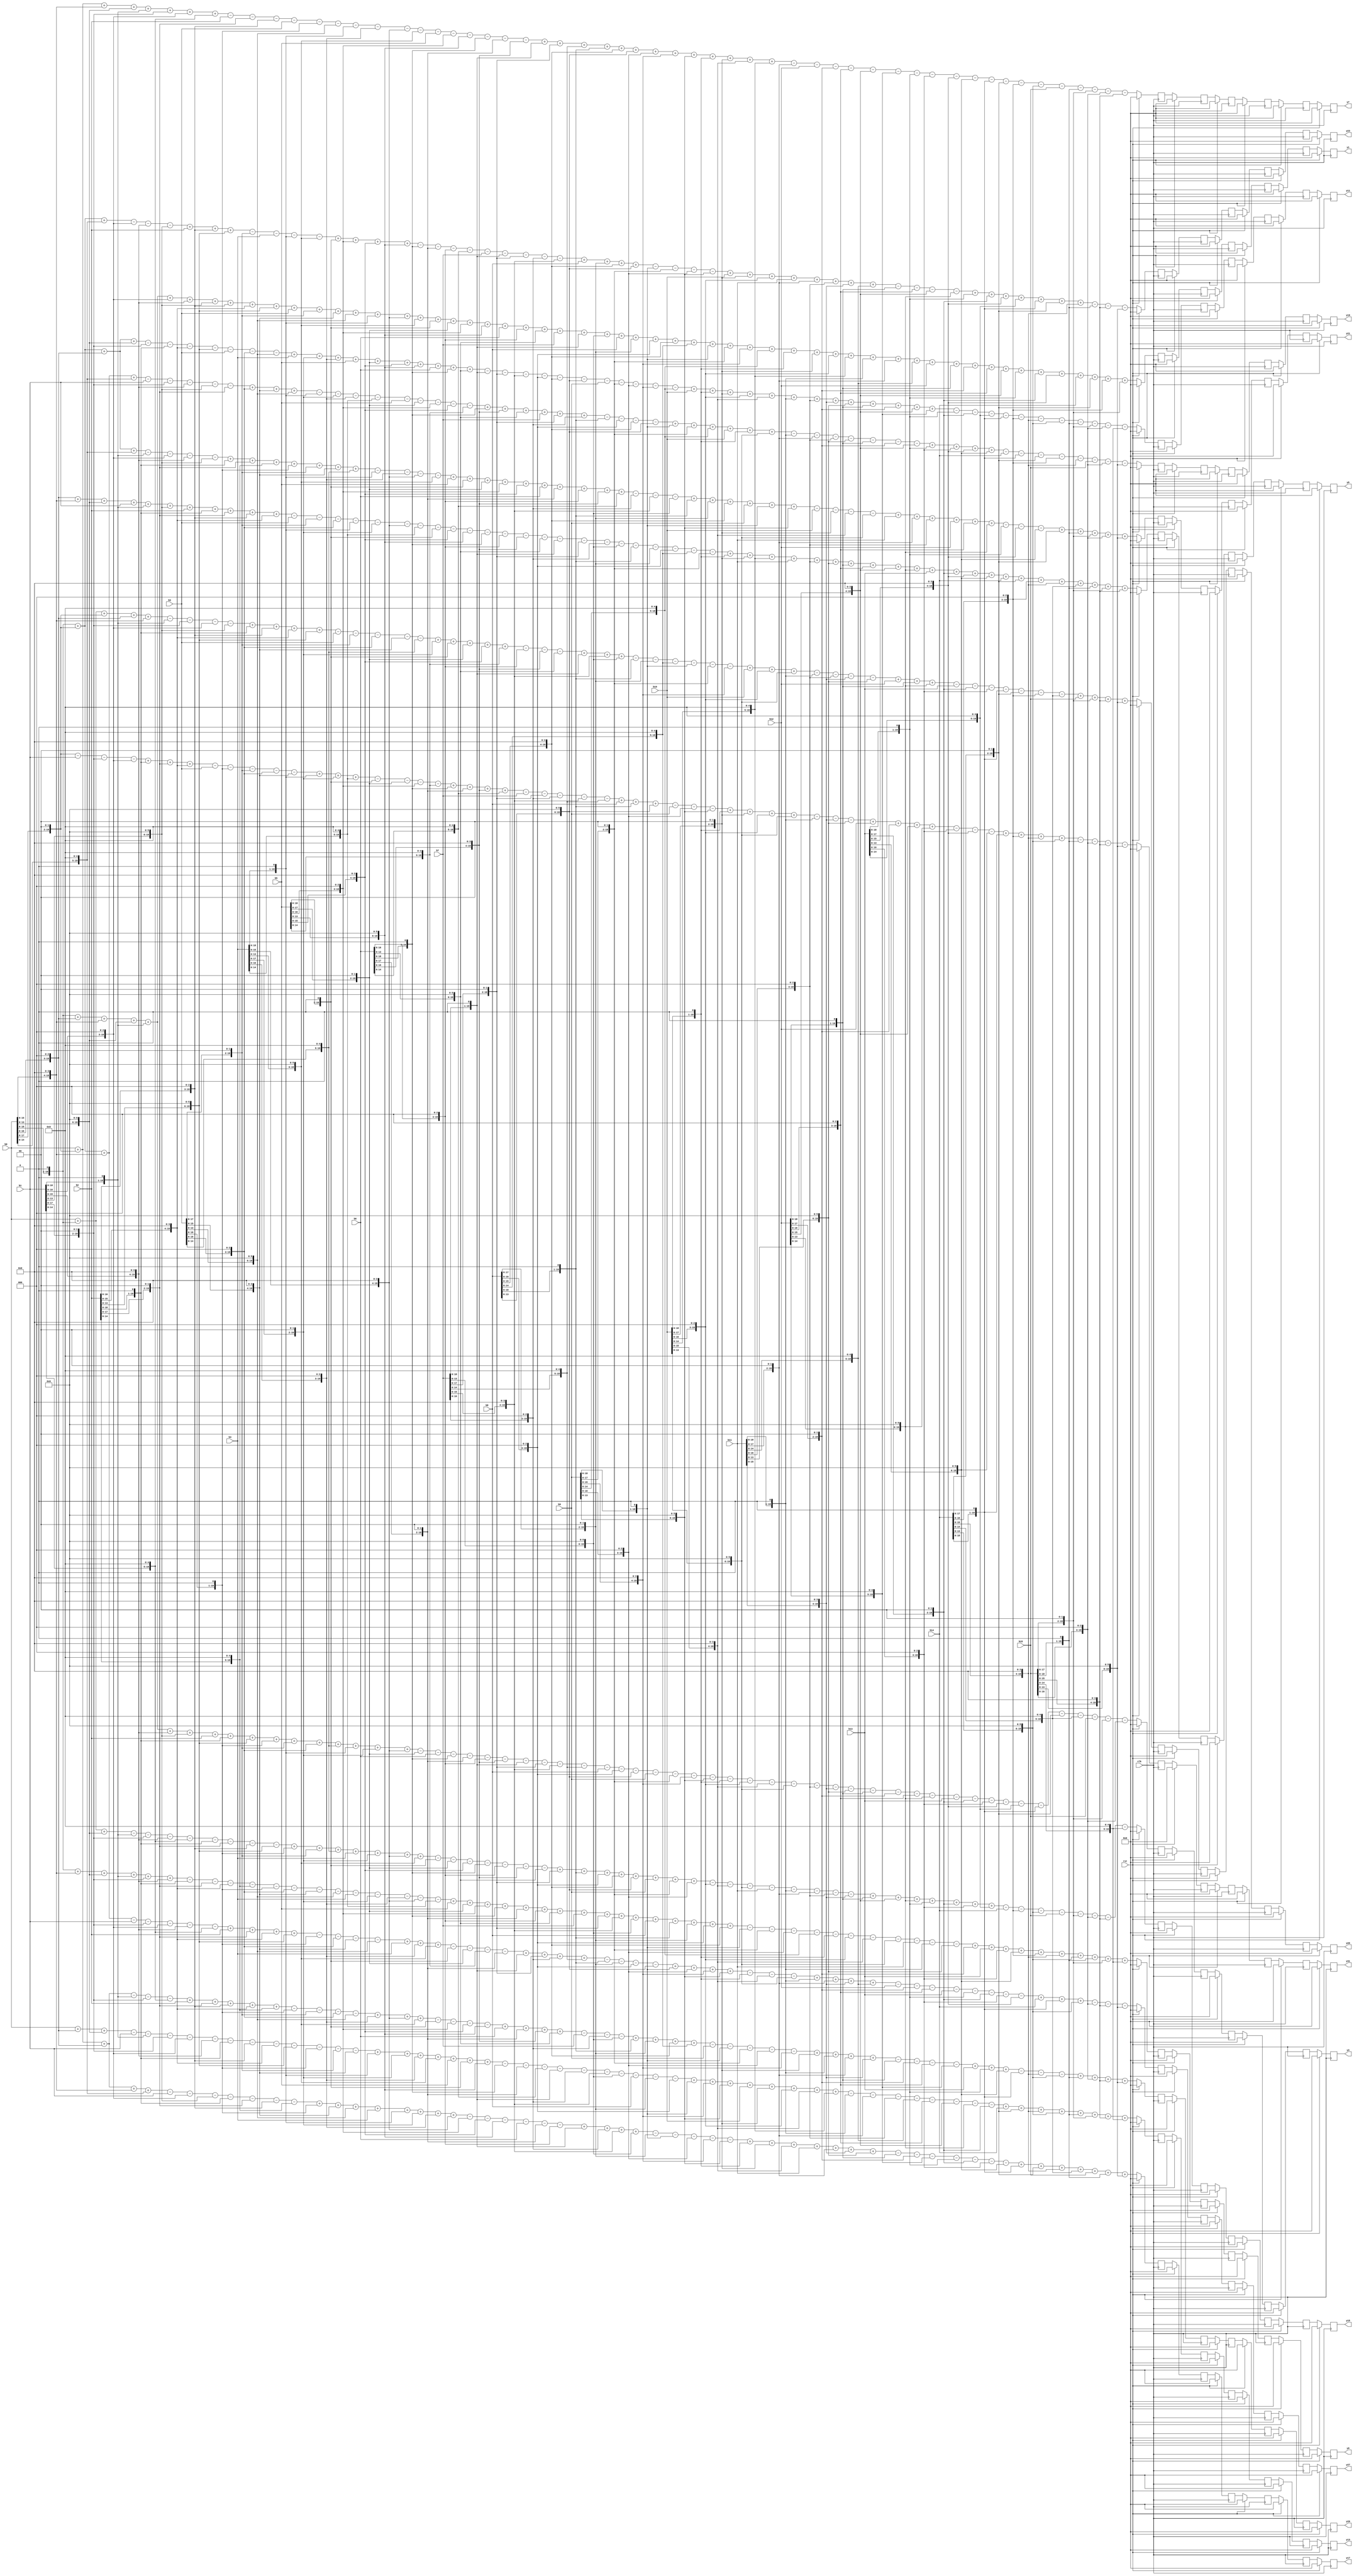
module shift_add32
#(
	parameter WIDTH = 20
)
(
	input wire clk,rst,
	input wire signed[WIDTH-1:0] b0,
	input wire signed[WIDTH-1:0] b1,
	input wire signed[WIDTH-1:0] b2,
	input wire signed[WIDTH-1:0] b3,
	input wire signed[WIDTH-1:0] b4,
	input wire signed[WIDTH-1:0] b5,
	input wire signed[WIDTH-1:0] b6,
	input wire signed[WIDTH-1:0] b7,
	input wire signed[WIDTH-1:0] b8,
	input wire signed[WIDTH-1:0] b9,
	input wire signed[WIDTH-1:0] b10,
	input wire signed[WIDTH-1:0] b11,
	input wire signed[WIDTH-1:0] b12,
	input wire signed[WIDTH-1:0] b13,
	input wire signed[WIDTH-1:0] b14,
	input wire signed[WIDTH-1:0] b15,
	
	output reg signed[WIDTH-1:0] y1,
	output reg signed[WIDTH-1:0] y3,
	output reg signed[WIDTH-1:0] y5,
	output reg signed[WIDTH-1:0] y7,
	output reg signed[WIDTH-1:0] y9,
	output reg signed[WIDTH-1:0] y11,
	output reg signed[WIDTH-1:0] y13,
	output reg signed[WIDTH-1:0] y15,
	output reg signed[WIDTH-1:0] y17,
	output reg signed[WIDTH-1:0] y19,
	output reg signed[WIDTH-1:0] y21,
	output reg signed[WIDTH-1:0] y23,
	output reg signed[WIDTH-1:0] y25,
	output reg signed[WIDTH-1:0] y27,
	output reg signed[WIDTH-1:0] y29,
	output reg signed[WIDTH-1:0] y31
);

	wire signed [WIDTH-1:0] y1_d;
	wire signed [WIDTH-1:0] y3_d;
	wire signed [WIDTH-1:0] y5_d;
	wire signed [WIDTH-1:0] y7_d;
	wire signed [WIDTH-1:0] y9_d;
	wire signed [WIDTH-1:0] y11_d;
	wire signed [WIDTH-1:0] y13_d;
	wire signed [WIDTH-1:0] y15_d;
	wire signed [WIDTH-1:0] y17_d;
	wire signed [WIDTH-1:0] y19_d;
	wire signed [WIDTH-1:0] y21_d;
	wire signed [WIDTH-1:0] y23_d;
	wire signed [WIDTH-1:0] y25_d;
	wire signed [WIDTH-1:0] y27_d;
	wire signed [WIDTH-1:0] y29_d;
	wire signed [WIDTH-1:0] y31_d;
	
	
	
	reg signed [WIDTH-1:0] y1_buff [15:0];
	reg signed [WIDTH-1:0] y2_buff [15:0];
	reg signed [WIDTH-1:0] y3_buff [15:0];
	reg signed [WIDTH-1:0] y4_buff [15:0];
	
	reg signed [WIDTH-1:0] y1_buff_next [15:0];
	reg signed [WIDTH-1:0] y2_buff_next [15:0];
	reg signed [WIDTH-1:0] y3_buff_next [15:0];
	reg signed [WIDTH-1:0] y4_buff_next [15:0];
	
	
	reg signed [WIDTH-1:0] temp [4:0][15:0];
	reg signed [WIDTH-1:0] temp_next [4:0][15:0];
	integer ROW,COLUMN;
	
	always @ (posedge clk)
	begin
//		if(!rst_b) begin
		if(rst) begin
				y1 <= 0;
				y3 <= 0;
				y5 <= 0;
				y7 <= 0;
				y9 <= 0;
				y11 <= 0;
				y13 <= 0;
				y15 <= 0;
				y17 <= 0;
				y19 <= 0;
				y21 <= 0;
				y23 <= 0;
				y25 <= 0;
				y27 <= 0;
				y29 <= 0;
				y31 <= 0;
				
				for(COLUMN=0;COLUMN<16;COLUMN=COLUMN+1)begin
					for(ROW=0;ROW<5;ROW=ROW+1)begin
						temp[ROW][COLUMN] <= 0;
					end
				end
				
		end
		else begin
				
				for(COLUMN=0;COLUMN<16;COLUMN=COLUMN+1)begin
					for(ROW=0;ROW<5;ROW=ROW+1)begin
						temp[ROW][COLUMN] <= temp_next[ROW][COLUMN];
					end
				end
				
				y1 = temp[4][0];
				y3 = temp[4][1];
				y5 = temp[4][2];
				y7 = temp[4][3];
				y9 = temp[4][4];
				y11 = temp[4][5];
				y13 = temp[4][6];
				y15 = temp[4][7];
				y17 = temp[4][8];
				y19 = temp[4][9];
				y21 = temp[4][10];
				y23 = temp[4][11];
				y25 = temp[4][12];
				y27 = temp[4][13];
				y29 = temp[4][14];
				y31 = temp[4][15];
				
		end
	end
	
	always @(*) begin
	
		for(ROW=0;ROW<16;ROW=ROW+1) begin
			for(COLUMN=1;COLUMN<5;COLUMN=COLUMN+1) begin
				temp_next[COLUMN][ROW] = temp[COLUMN-1][ROW];
			end
		end
		
		temp_next[0][0] = y1_d;
		temp_next[0][1] = y3_d;
		temp_next[0][2] = y5_d;
		temp_next[0][3] = y7_d;
		temp_next[0][4] = y9_d;
		temp_next[0][5] = y11_d;
		temp_next[0][6] = y13_d;
		temp_next[0][7] = y15_d;
		temp_next[0][8] = y17_d;
		temp_next[0][9] = y19_d;
		temp_next[0][10] = y21_d;
		temp_next[0][11] = y23_d;
		temp_next[0][12] = y25_d;
		temp_next[0][13] = y27_d;
		temp_next[0][14] = y29_d;
		temp_next[0][15] = y31_d;
		
	end
	
	
		
	assign y1_d = {b0,1'b0}+{b0,3'b000}+{b0,4'b0000}+{b0,6'b000000}+{b1,1'b0}+{b1,3'b000}+{b1,4'b0000}+{b1,6'b000000}+{b2,3'b000}+{b2,4'b0000}+{b2,6'b000000}+b3+{b3,2'b00}+{b3,4'b0000}+{b3,6'b000000}+{b4,1'b0}+{b4,4'b0000}+{b4,6'b000000}+{b5,1'b0}+{b5,2'b00}+{b5,3'b000}+{b5,6'b000000}+b6+{b6,3'b000}+{b6,6'b000000}+b7+{b7,1'b0}+{b7,6'b000000}+b8+{b8,2'b00}+{b8,3'b000}+{b8,4'b0000}+{b8,5'b00000}+{b9,1'b0}+{b9,2'b00}+{b9,4'b0000}+{b9,5'b00000}+{b10,1'b0}+{b10,2'b00}+{b10,3'b000}+{b10,5'b00000}+{b11,1'b0}+{b11,2'b00}+{b11,5'b00000}+b12+{b12,1'b0}+{b12,2'b00}+{b12,3'b000}+{b12,4'b0000}+{b13,1'b0}+{b13,2'b00}+{b13,4'b0000}+b14+{b14,2'b00}+{b14,3'b000}+{b15,2'b00};

	assign y3_d = {b0,1'b0}+{b0,3'b000}+{b0,4'b0000}+{b0,6'b000000}+{b1,1'b0}+{b1,4'b0000}+{b1,6'b000000}+b2+{b2,1'b0}+{b2,6'b000000}+{b3,1'b0}+{b3,2'b00}+{b3,3'b000}+{b3,5'b00000}+{b4,1'b0}+{b4,2'b00}+{b4,4'b0000}-{b5,2'b00}-b6-{b6,1'b0}-{b6,2'b00}-{b6,3'b000}-{b6,4'b0000}-{b7,1'b0}-{b7,2'b00}-{b7,4'b0000}-{b7,5'b00000}-b8-{b8,3'b000}-{b8,6'b000000}-b9-{b9,2'b00}-{b9,4'b0000}-{b9,6'b000000}-{b10,1'b0}-{b10,3'b000}-{b10,4'b0000}-{b10,6'b000000}-{b11,3'b000}-{b11,4'b0000}-{b11,6'b000000}-{b12,1'b0}-{b12,2'b00}-{b12,3'b000}-{b12,6'b000000}-b13-{b13,2'b00}-{b13,3'b000}-{b13,4'b0000}-{b13,5'b00000}-{b14,1'b0}-{b14,2'b00}-{b14,5'b00000}-b15-{b15,2'b00}-{b15,3'b000};

	assign y5_d = {b0,3'b000}+{b0,4'b0000}+{b0,6'b000000}+b1+{b1,1'b0}+{b1,6'b000000}+b2+{b2,1'b0}+{b2,2'b00}+{b2,3'b000}+{b2,4'b0000}-b3-{b3,2'b00}-{b3,3'b000}-{b4,1'b0}-{b4,2'b00}-{b4,4'b0000}-{b4,5'b00000}-{b5,1'b0}-{b5,4'b0000}-{b5,6'b000000}-{b6,1'b0}-{b6,3'b000}-{b6,4'b0000}-{b6,6'b000000}-{b7,1'b0}-{b7,2'b00}-{b7,3'b000}-{b7,6'b000000}-{b8,1'b0}-{b8,2'b00}-{b8,3'b000}-{b8,5'b00000}-{b9,2'b00}+{b10,1'b0}+{b10,2'b00}+{b10,5'b00000}+b11+{b11,3'b000}+{b11,6'b000000}+{b12,1'b0}+{b12,3'b000}+{b12,4'b0000}+{b12,6'b000000}+b13+{b13,2'b00}+{b13,4'b0000}+{b13,6'b000000}+b14+{b14,2'b00}+{b14,3'b000}+{b14,4'b0000}+{b14,5'b00000}+{b15,1'b0}+{b15,2'b00}+{b15,4'b0000};

	assign y7_d = b0+{b0,2'b00}+{b0,4'b0000}+{b0,6'b000000}+{b1,1'b0}+{b1,2'b00}+{b1,3'b000}+{b1,5'b00000}-b2-{b2,2'b00}-{b2,3'b000}-b3-{b3,1'b0}-{b3,6'b000000}-{b4,1'b0}-{b4,3'b000}-{b4,4'b0000}-{b4,6'b000000}-b5-{b5,3'b000}-{b5,6'b000000}-{b6,1'b0}-{b6,2'b00}-{b6,4'b0000}+{b7,1'b0}+{b7,2'b00}+{b7,5'b00000}+{b8,1'b0}+{b8,4'b0000}+{b8,6'b000000}+{b9,3'b000}+{b9,4'b0000}+{b9,6'b000000}+{b10,1'b0}+{b10,2'b00}+{b10,4'b0000}+{b10,5'b00000}-{b11,2'b00}-b12-{b12,2'b00}-{b12,3'b000}-{b12,4'b0000}-{b12,5'b00000}-{b13,1'b0}-{b13,3'b000}-{b13,4'b0000}-{b13,6'b000000}-{b14,1'b0}-{b14,2'b00}-{b14,3'b000}-{b14,6'b000000}-b15-{b15,1'b0}-{b15,2'b00}-{b15,3'b000}-{b15,4'b0000};
	
	
	assign y9_d = {b0,1'b0}+{b0,4'b0000}+{b0,6'b000000}+{b1,1'b0}+{b1,2'b00}+{b1,4'b0000}-{b2,1'b0}-{b2,2'b00}-{b2,4'b0000}-{b2,5'b00000}-{b3,1'b0}-{b3,3'b000}-{b3,4'b0000}-{b3,6'b000000}-b4-{b4,2'b00}-{b4,3'b000}-{b4,4'b0000}-{b4,5'b00000}+b5+{b5,2'b00}+{b5,3'b000}+{b6,1'b0}+{b6,2'b00}+{b6,3'b000}+{b6,6'b000000}+b7+{b7,2'b00}+{b7,4'b0000}+{b7,6'b000000}+b8+{b8,1'b0}+{b8,2'b00}+{b8,3'b000}+{b8,4'b0000}-{b9,1'b0}-{b9,2'b00}-{b9,3'b000}-{b9,5'b00000}-{b10,1'b0}-{b10,3'b000}-{b10,4'b0000}-{b10,6'b000000}-b11-{b11,1'b0}-{b11,6'b000000}+{b12,2'b00}+b13+{b13,3'b000}+{b13,6'b000000}+{b14,3'b000}+{b14,4'b0000}+{b14,6'b000000}+{b15,1'b0}+{b15,2'b00}+{b15,5'b00000};
	
	assign y11_d = {b0,1'b0}+{b0,2'b00}+{b0,3'b000}+{b0,6'b000000}-{b1,2'b00}-{b2,1'b0}-{b2,4'b0000}-{b2,6'b000000}-b3-{b3,3'b000}-{b3,6'b000000}+b4+{b4,2'b00}+{b4,3'b000}+b5+{b5,2'b00}+{b5,4'b0000}+{b5,6'b000000}+b6+{b6,1'b0}+{b6,6'b000000}-{b7,1'b0}-{b7,2'b00}-{b7,4'b0000}-{b8,3'b000}-{b8,4'b0000}-{b8,6'b000000}-b9-{b9,2'b00}-{b9,3'b000}-{b9,4'b0000}-{b9,5'b00000}+b10+{b10,1'b0}+{b10,2'b00}+{b10,3'b000}+{b10,4'b0000}+{b11,1'b0}+{b11,3'b000}+{b11,4'b0000}+{b11,6'b000000}+{b12,1'b0}+{b12,2'b00}+{b12,4'b0000}+{b12,5'b00000}-{b13,1'b0}-{b13,2'b00}-{b13,5'b00000}-{b14,1'b0}-{b14,3'b000}-{b14,4'b0000}-{b14,6'b000000}-{b15,1'b0}-{b15,2'b00}-{b15,3'b000}-{b15,5'b00000};

	assign y13_d = b0+{b0,3'b000}+{b0,6'b000000}-b1-{b1,1'b0}-{b1,2'b00}-{b1,3'b000}-{b1,4'b0000}-{b2,1'b0}-{b2,3'b000}-{b2,4'b0000}-{b2,6'b000000}-{b3,1'b0}-{b3,2'b00}-{b3,4'b0000}+{b4,1'b0}+{b4,2'b00}+{b4,3'b000}+{b4,6'b000000}+b5+{b5,1'b0}+{b5,6'b000000}-{b6,1'b0}-{b6,2'b00}-{b6,5'b00000}-{b7,1'b0}-{b7,3'b000}-{b7,4'b0000}-{b7,6'b000000}-b8-{b8,2'b00}-{b8,3'b000}+{b9,1'b0}+{b9,4'b0000}+{b9,6'b000000}+b10+{b10,2'b00}+{b10,3'b000}+{b10,4'b0000}+{b10,5'b00000}-{b11,1'b0}-{b11,2'b00}-{b11,3'b000}-{b11,5'b00000}-{b12,3'b000}-{b12,4'b0000}-{b12,6'b000000}-{b13,2'b00}+b14+{b14,2'b00}+{b14,4'b0000}+{b14,6'b000000}+{b15,1'b0}+{b15,2'b00}+{b15,4'b0000}+{b15,5'b00000};

	assign y15_d = b0+{b0,1'b0}+{b0,6'b000000}-{b1,1'b0}-{b1,2'b00}-{b1,4'b0000}-{b1,5'b00000}-{b2,1'b0}-{b2,2'b00}-{b2,3'b000}-{b2,6'b000000}+{b3,1'b0}+{b3,2'b00}+{b3,5'b00000}+b4+{b4,2'b00}+{b4,4'b0000}+{b4,6'b000000}-{b5,1'b0}-{b5,2'b00}-{b5,4'b0000}-{b6,1'b0}-{b6,3'b000}-{b6,4'b0000}-{b6,6'b000000}+{b7,2'b00}+{b8,1'b0}+{b8,3'b000}+{b8,4'b0000}+{b8,6'b000000}+b9+{b9,2'b00}+{b9,3'b000}-{b10,3'b000}-{b10,4'b0000}-{b10,6'b000000}-b11-{b11,1'b0}-{b11,2'b00}-{b11,3'b000}-{b11,4'b0000}+{b12,1'b0}+{b12,4'b0000}+{b12,6'b000000}+{b13,1'b0}+{b13,2'b00}+{b13,3'b000}+{b13,5'b00000}-b14-{b14,3'b000}-{b14,6'b000000}-b15-{b15,2'b00}-{b15,3'b000}-{b15,4'b0000}-{b15,5'b00000};

	assign y17_d = b0+{b0,2'b00}+{b0,3'b000}+{b0,4'b0000}+{b0,5'b00000}-b1-{b1,3'b000}-{b1,6'b000000}-{b2,1'b0}-{b2,2'b00}-{b2,3'b000}-{b2,5'b00000}+{b3,1'b0}+{b3,4'b0000}+{b3,6'b000000}+b4+{b4,1'b0}+{b4,2'b00}+{b4,3'b000}+{b4,4'b0000}-{b5,3'b000}-{b5,4'b0000}-{b5,6'b000000}-b6-{b6,2'b00}-{b6,3'b000}+{b7,1'b0}+{b7,3'b000}+{b7,4'b0000}+{b7,6'b000000}-{b8,2'b00}-{b9,1'b0}-{b9,3'b000}-{b9,4'b0000}-{b9,6'b000000}+{b10,1'b0}+{b10,2'b00}+{b10,4'b0000}+b11+{b11,2'b00}+{b11,4'b0000}+{b11,6'b000000}-{b12,1'b0}-{b12,2'b00}-{b12,5'b00000}-{b13,1'b0}-{b13,2'b00}-{b13,3'b000}-{b13,6'b000000}+{b14,1'b0}+{b14,2'b00}+{b14,4'b0000}+{b14,5'b00000}+b15+{b15,1'b0}+{b15,6'b000000};

	assign y19_d = {b0,1'b0}+{b0,2'b00}+{b0,4'b0000}+{b0,5'b00000}-b1-{b1,2'b00}-{b1,4'b0000}-{b1,6'b000000}-{b2,2'b00}+{b3,3'b000}+{b3,4'b0000}+{b3,6'b000000}-{b4,1'b0}-{b4,2'b00}-{b4,3'b000}-{b4,5'b00000}-b5-{b5,2'b00}-{b5,3'b000}-{b5,4'b0000}-{b5,5'b00000}+{b6,1'b0}+{b6,4'b0000}+{b6,6'b000000}+b7+{b7,2'b00}+{b7,3'b000}-{b8,1'b0}-{b8,3'b000}-{b8,4'b0000}-{b8,6'b000000}+{b9,1'b0}+{b9,2'b00}+{b9,5'b00000}+b10+{b10,1'b0}+{b10,6'b000000}-{b11,1'b0}-{b11,2'b00}-{b11,3'b000}-{b11,6'b000000}-{b12,1'b0}-{b12,2'b00}-{b12,4'b0000}+{b13,1'b0}+{b13,3'b000}+{b13,4'b0000}+{b13,6'b000000}-b14-{b14,1'b0}-{b14,2'b00}-{b14,3'b000}-{b14,4'b0000}-b15-{b15,3'b000}-{b15,6'b000000};

	assign y21_d = {b0,1'b0}+{b0,2'b00}+{b0,3'b000}+{b0,5'b00000}-{b1,1'b0}-{b1,3'b000}-{b1,4'b0000}-{b1,6'b000000}+{b2,1'b0}+{b2,2'b00}+{b2,5'b00000}+{b3,1'b0}+{b3,2'b00}+{b3,4'b0000}+{b3,5'b00000}-{b4,1'b0}-{b4,3'b000}-{b4,4'b0000}-{b4,6'b000000}+b5+{b5,1'b0}+{b5,2'b00}+{b5,3'b000}+{b5,4'b0000}+b6+{b6,2'b00}+{b6,3'b000}+{b6,4'b0000}+{b6,5'b00000}-{b7,3'b000}-{b7,4'b0000}-{b7,6'b000000}+{b8,1'b0}+{b8,2'b00}+{b8,4'b0000}+b9+{b9,1'b0}+{b9,6'b000000}-b10-{b10,2'b00}-{b10,4'b0000}-{b10,6'b000000}+b11+{b11,2'b00}+{b11,3'b000}+b12+{b12,3'b000}+{b12,6'b000000}-{b13,1'b0}-{b13,4'b0000}-{b13,6'b000000}+{b14,2'b00}+{b15,1'b0}+{b15,2'b00}+{b15,3'b000}+{b15,6'b000000};

	assign y23_d = {b0,1'b0}+{b0,2'b00}+{b0,5'b00000}-{b1,3'b000}-{b1,4'b0000}-{b1,6'b000000}+b2+{b2,3'b000}+{b2,6'b000000}-{b3,2'b00}-b4-{b4,1'b0}-{b4,6'b000000}+{b5,1'b0}+{b5,3'b000}+{b5,4'b0000}+{b5,6'b000000}-{b6,1'b0}-{b6,2'b00}-{b6,3'b000}-{b6,5'b00000}-b7-{b7,1'b0}-{b7,2'b00}-{b7,3'b000}-{b7,4'b0000}+b8+{b8,2'b00}+{b8,4'b0000}+{b8,6'b000000}-{b9,1'b0}-{b9,2'b00}-{b9,3'b000}-{b9,6'b000000}+b10+{b10,2'b00}+{b10,3'b000}+b11+{b11,2'b00}+{b11,3'b000}+{b11,4'b0000}+{b11,5'b00000}-{b12,1'b0}-{b12,3'b000}-{b12,4'b0000}-{b12,6'b000000}+{b13,1'b0}+{b13,2'b00}+{b13,4'b0000}+{b13,5'b00000}+{b14,1'b0}+{b14,2'b00}+{b14,4'b0000}-{b15,1'b0}-{b15,4'b0000}-{b15,6'b000000};

	assign y25_d = b0+{b0,1'b0}+{b0,2'b00}+{b0,3'b000}+{b0,4'b0000}-{b1,1'b0}-{b1,2'b00}-{b1,3'b000}-{b1,6'b000000}+{b2,1'b0}+{b2,3'b000}+{b2,4'b0000}+{b2,6'b000000}-b3-{b3,2'b00}-{b3,3'b000}-{b3,4'b0000}-{b3,5'b00000}+{b4,2'b00}+{b5,1'b0}+{b5,2'b00}+{b5,4'b0000}+{b5,5'b00000}-{b6,3'b000}-{b6,4'b0000}-{b6,6'b000000}+{b7,1'b0}+{b7,4'b0000}+{b7,6'b000000}-{b8,1'b0}-{b8,2'b00}-{b8,5'b00000}-{b9,1'b0}-{b9,2'b00}-{b9,4'b0000}+b10+{b10,3'b000}+{b10,6'b000000}-{b11,1'b0}-{b11,3'b000}-{b11,4'b0000}-{b11,6'b000000}+b12+{b12,1'b0}+{b12,6'b000000}-b13-{b13,2'b00}-{b13,3'b000}-{b14,1'b0}-{b14,2'b00}-{b14,3'b000}-{b14,5'b00000}+b15+{b15,2'b00}+{b15,4'b0000}+{b15,6'b000000};

	assign y27_d = {b0,1'b0}+{b0,2'b00}+{b0,4'b0000}-b1-{b1,2'b00}-{b1,3'b000}-{b1,4'b0000}-{b1,5'b00000}+b2+{b2,2'b00}+{b2,4'b0000}+{b2,6'b000000}-{b3,1'b0}-{b3,3'b000}-{b3,4'b0000}-{b3,6'b000000}+b4+{b4,3'b000}+{b4,6'b000000}-{b5,1'b0}-{b5,2'b00}-{b5,5'b00000}-{b6,2'b00}+{b7,1'b0}+{b7,2'b00}+{b7,3'b000}+{b7,5'b00000}-{b8,1'b0}-{b8,2'b00}-{b8,3'b000}-{b8,6'b000000}+{b9,1'b0}+{b9,3'b000}+{b9,4'b0000}+{b9,6'b000000}-{b10,1'b0}-{b10,4'b0000}-{b10,6'b000000}+{b11,1'b0}+{b11,2'b00}+{b11,4'b0000}+{b11,5'b00000}-b12-{b12,2'b00}-{b12,3'b000}-b13-{b13,1'b0}-{b13,2'b00}-{b13,3'b000}-{b13,4'b0000}+b14+{b14,1'b0}+{b14,6'b000000}-{b15,3'b000}-{b15,4'b0000}-{b15,6'b000000};

	assign y29_d = b0+{b0,2'b00}+{b0,3'b000}-{b1,1'b0}-{b1,2'b00}-{b1,5'b00000}+b2+{b2,2'b00}+{b2,3'b000}+{b2,4'b0000}+{b2,5'b00000}-{b3,1'b0}-{b3,2'b00}-{b3,3'b000}-{b3,6'b000000}+{b4,3'b000}+{b4,4'b0000}+{b4,6'b000000}-{b5,1'b0}-{b5,3'b000}-{b5,4'b0000}-{b5,6'b000000}+b6+{b6,2'b00}+{b6,4'b0000}+{b6,6'b000000}-b7-{b7,3'b000}-{b7,6'b000000}+{b8,1'b0}+{b8,2'b00}+{b8,4'b0000}+{b8,5'b00000}-b9-{b9,1'b0}-{b9,2'b00}-{b9,3'b000}-{b9,4'b0000}+{b10,2'b00}+{b11,1'b0}+{b11,2'b00}+{b11,4'b0000}-{b12,1'b0}-{b12,2'b00}-{b12,3'b000}-{b12,5'b00000}+b13+{b13,1'b0}+{b13,6'b000000}-{b14,1'b0}-{b14,4'b0000}-{b14,6'b000000}+{b15,1'b0}+{b15,3'b000}+{b15,4'b0000}+{b15,6'b000000};

	assign y31_d = {b0,2'b00}-b1-{b1,2'b00}-{b1,3'b000}+{b2,1'b0}+{b2,2'b00}+{b2,4'b0000}-b3-{b3,1'b0}-{b3,2'b00}-{b3,3'b000}-{b3,4'b0000}+{b4,1'b0}+{b4,2'b00}+{b4,5'b00000}-{b5,1'b0}-{b5,2'b00}-{b5,3'b000}-{b5,5'b00000}+{b6,1'b0}+{b6,2'b00}+{b6,4'b0000}+{b6,5'b00000}-b7-{b7,2'b00}-{b7,3'b000}-{b7,4'b0000}-{b7,5'b00000}+b8+{b8,1'b0}+{b8,6'b000000}-b9-{b9,3'b000}-{b9,6'b000000}+{b10,1'b0}+{b10,2'b00}+{b10,3'b000}+{b10,6'b000000}-{b11,1'b0}-{b11,4'b0000}-{b11,6'b000000}+b12+{b12,2'b00}+{b12,4'b0000}+{b12,6'b000000}-{b13,3'b000}-{b13,4'b0000}-{b13,6'b000000}+{b14,1'b0}+{b14,3'b000}+{b14,4'b0000}+{b14,6'b000000}-{b15,1'b0}-{b15,3'b000}-{b15,4'b0000}-{b15,6'b000000};
	
	
	
	
	
	//x90 = {b0,6'b000000} + {b0,4'b0000} + {b0,3'b000} + {b0,1'b0}
	//x88 = {b0,6'b000000} + {b0,4'b0000} + {b0,3'b000}
	//x87 = {b0,6'b000000} + {b0,4'b0000} + {b0,2'b00} + {b0,1'b0} + b0
	//x85 = {b0,6'b000000} + {b0,4'b0000} + {b0,2'b00} + b0
	//x82 = {b0,6'b000000} + {b0,4'b0000} + {b0,1'b0}
	//x80 = {b0,6'b000000} + {b0,4'b0000} 
	//x78 = {b0,6'b000000} + {b0,3'b000} + {b0,2'b00} + {b0,1'b0}
	//x73 = {b0,6'b000000} + {b0,3'b000} + b0
	//x70 = {b0,6'b000000} + {b0,2'b00} + {b0,1'b0}
	//x67 = {b0,6'b000000} + {b0,1'b0} + b0
	//x61 = {b0,5'b00000} + {b0,4'b0000} + {b0,3'b000} + {b0,2'b00} + b0
	//x57 = {b0,5'b00000} + {b0,4'b0000} + {b0,3'b000} + {b0,1'b0}
	//x54 = {b0,5'b00000} + {b0,4'b0000} + {b0,2'b00} + {b0,1'b0}
	//x46 = {b0,5'b00000} + {b0,3'b000} + {b0,2'b00} + {b0,1'b0}
	//x43 = {b0,5'b00000} + {b0,3'b000} + {b0,1'b0} + b0
	//x38 = {b0,5'b00000} + {b0,2'b00} + {b0,1'b0}
	//x31 = {b0,4'b0000} + {b0,3'b000} + {b0,2'b00} + {b0,1'b0} + b0
	//x25 = {b0,4'b0000} + {b0,3'b000} + {b0,1'b0}
	//x22 = {b0,4'b0000} + {b0,2'b00} + {b0,1'b0}
	//x13 = {b0,3'b000} + {b0,2'b00} + b0
	//x9  = {b0,3'b000} + {b0,1'b0}
	//x4  = {b0,2'b00}
	
	
endmodule